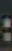
: